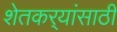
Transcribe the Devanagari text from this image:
शेतकर्‍यांसाठी